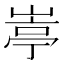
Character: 𡺣